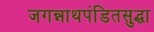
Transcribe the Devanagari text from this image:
जगन्नाथपंडितसुद्धा